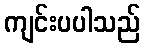
ကျင်းပပါသည်